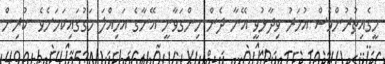
މީގެއިތުރުންވެސް އުމަރު ވިދާޅުވީ އޭނާ ދެން ހިންގަވާނީ އޭނާގެ އަމިއްލަ މަގުގައިކަމަށެވެ. ކުރިން